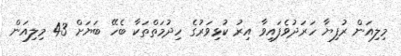
މިލިއަން ރުފިޔާ ހަރަދުވެފައިވާ އިރު ކުޅިވަރުގެ ހިދުމަތްތަކާ ބެހޭ ބަޔަށް 43 މިލިއަން